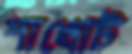
শাখোট